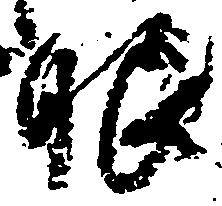
眼